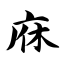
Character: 庥